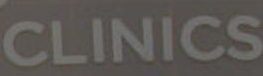
CLINICS